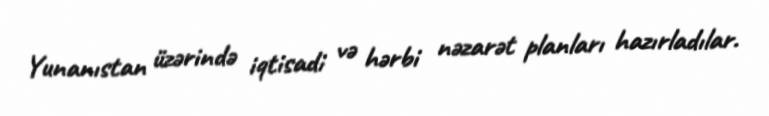
Yunanıstan üzərində iqtisadi və hərbi nəzarət planları hazırladılar.